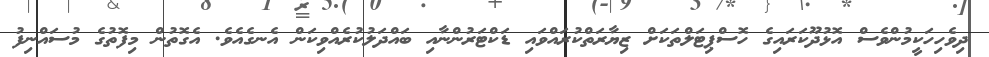
ދިވެހިހަކީމުންވެސް އޮޅުދޫކަރައިގެ ހޮސްޕިޓަލްތަކަށް ޒިޔާރަތްކުރައްވައި ޑަކްޓަރުންނާއި ބައްދަލުކުރެއްވިކަން އެނގެއެވެ. އެގޮތުން މިފޮތުގެ މުސައްނިފު